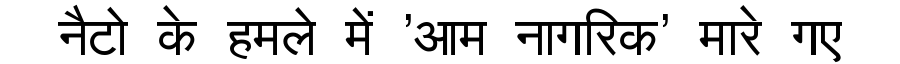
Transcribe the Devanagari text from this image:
नैटो के हमले में 'आम नागरिक' मारे गए